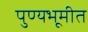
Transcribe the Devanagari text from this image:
पुण्यभूमीत